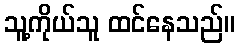
သူ့ကိုယ်သူ ထင်နေသည်။